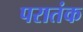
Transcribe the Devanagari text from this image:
परातंक